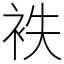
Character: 袟